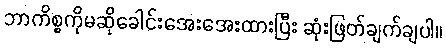
ဘာကိစ္စကိုမဆိုခေါင်းအေးအေးထားပြီး ဆုံးဖြတ်ချက်ချပါ။